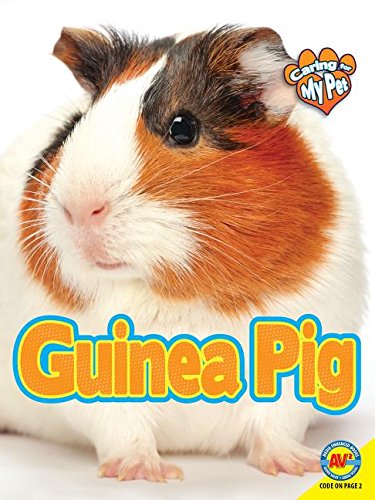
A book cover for Guinea Pig (Caring for My Pet); Jill Foran; Crafts, Hobbies & Home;